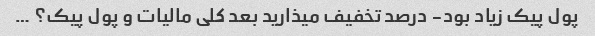
پول پیک زیاد بود- درصد تخفیف میذارید بعد کلی مالیات و پول پیک؟ …